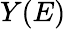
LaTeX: Y(E)